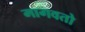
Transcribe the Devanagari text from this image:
मागवतो